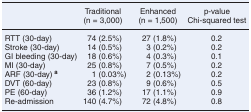
|  | Traditional | Enhanced | p-value |
 |  | (n = 3,000) | (n = 1,500) | Chi-squared test |
 | --- | --- | --- | --- |
 | RTT (30-day) | 74 (2.5%) | 27 (1.8%) | 0.2 |
 | Stroke (30-day) | 14 (0.5%) | 3 (0.2%) | 0.2 |
 | GI bleeding (30-day) | 18 (0.6%) | 4 (0.3%) | 0.1 |
 | MI (30-day) | 25 (0.8%) | 7 (0.5%) | 0.2 |
 | ARF (30-day) a | 1 (0.03%) | 2 (0.13%) | 0.2 |
 | DVT (60-day) | 23 (0.8%) | 9 (0.6%) | 0.5 |
 | PE (60-day) | 36 (1.2%) | 17 (1.1%) | 0.9 |
 | Re-admission | 140 (4.7%) | 72 (4.8%) | 0.8 |